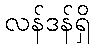
လန်ဒန်ရှိ